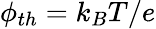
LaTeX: \phi_{th}=k_{B}T/e